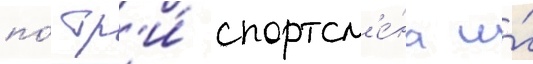
по́ тр'и́ спортсм'е́на и́